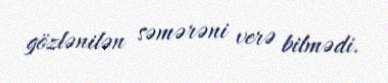
gözlənilən səmərəni verə bilmədi.